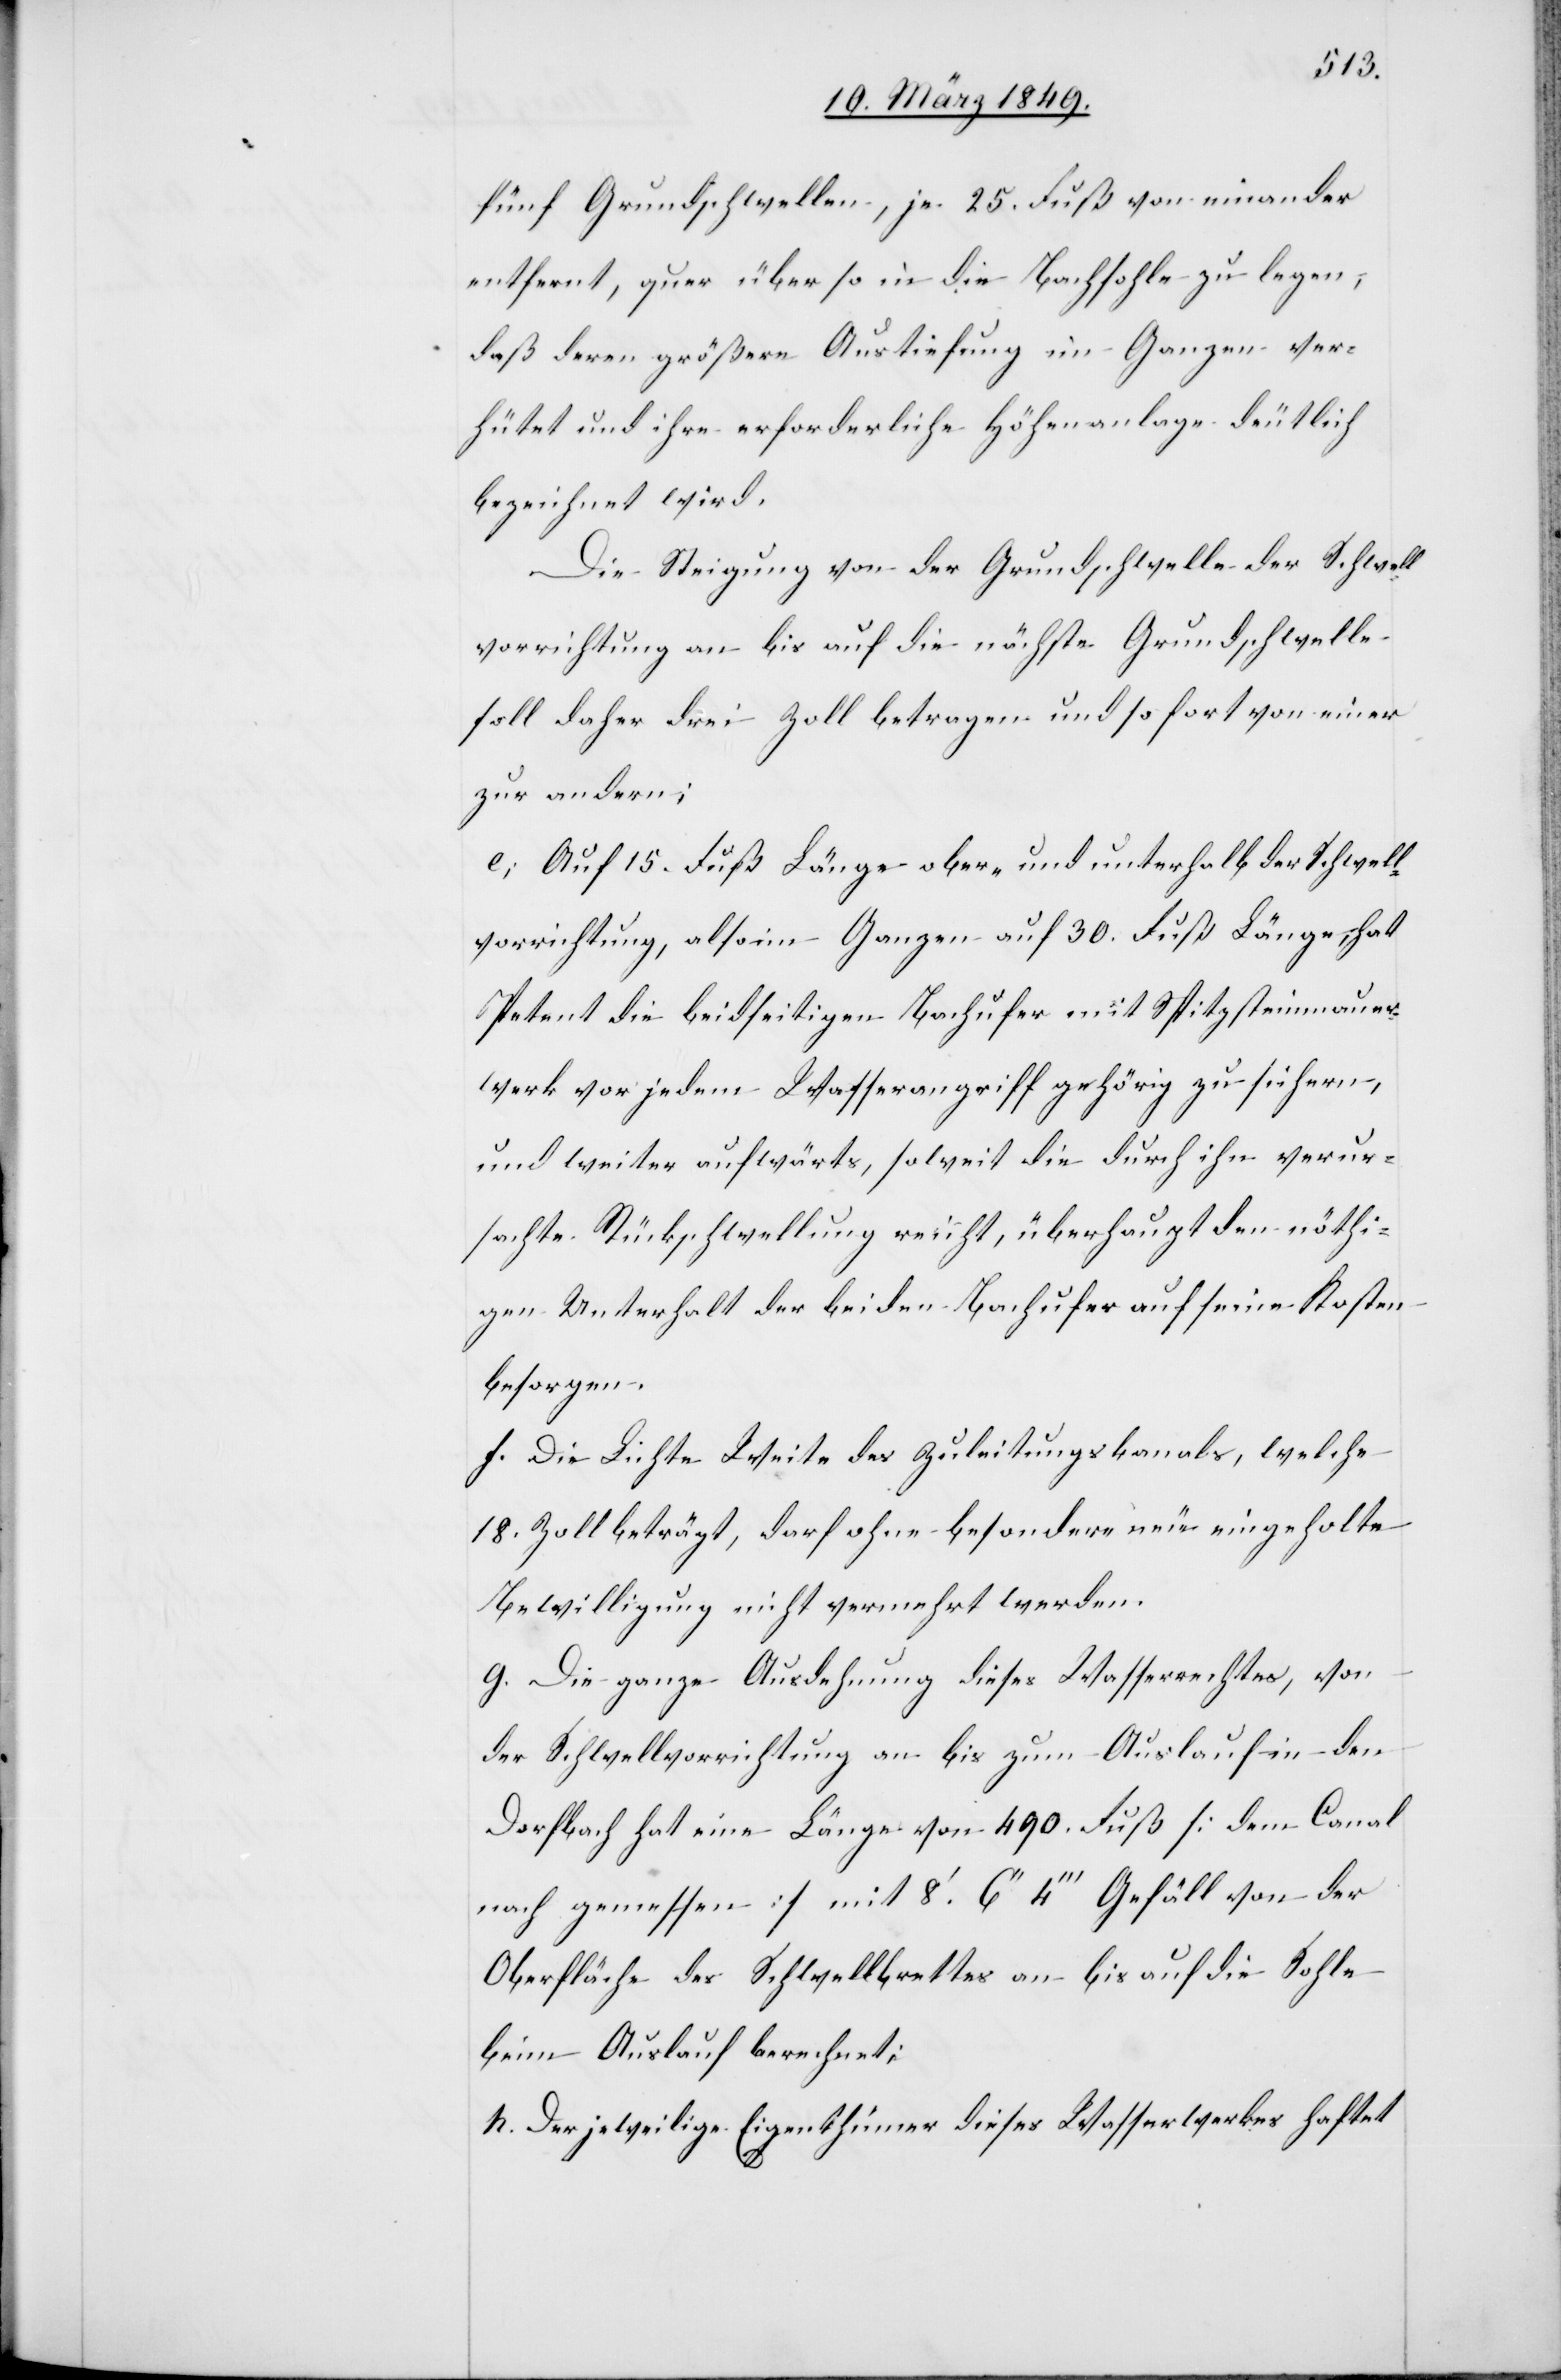
fünf Grundschwellen, je 25. Fuß von einander
entfernt, quer über so in die Bachsohle zu legen,
daß deren größere Austiefung im Ganzen ver¬
hütet und ihre erforderliche Höhenanlage deutlich
bezeichnet wird.
Die Steigung von der Grundschwelle der Schwell¬
vorrichtung an bis auf die nächste Grundschwelle
soll daher drei Zoll betragen und so fort von einer
zur andern;
e; Auf 15. Fuß Länge ober- und unterhalb der Schwell¬
vorrichtung, also im Ganzen auf 30. Fuß Länge, hat
Petent die beidseitigen Bachufer mit Spitzsteinmauer¬
werk vor jedem Wasserangriff gehörig zu sichern,
und weiter aufwärts, soweit die durch ihn verur¬
sachte Rückschwellung reicht, überhaupt den nöthi¬
gen Unterhalt der beiden Bachufer auf seine Kosten
besorgen.
f. Die Lichte Weite des Zuleitungskanals, welche
18. Zoll beträgt, darf ohne besondere neu eingeholte
Bewilligung nicht vermehrt werden.
g. Die ganze Ausdehnung dieses Wasserrechtes, von
der Schwellvorrichtung an bis zum Auslauf in den
Dorfbach hat eine Länge von 490. Fuß [dem Canal
nach gemessen] mit 8.’ 6’’ 4’’’ Gefäll von der
Oberfläche des Schwellbrettes an bis auf die Sohle
beim Auslauf berechnet;
h. Der jeweilige Eigenthümer dieses Wasserwerkes haftet